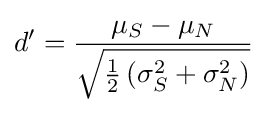
d^{\prime }={\frac {\mu _{S}-\mu _{N}}{\sqrt {{\frac {1}{2}}\left(\sigma _{S}^{2}+\sigma _{N}^{2}\right)}}}